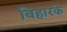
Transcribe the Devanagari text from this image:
बिहारके